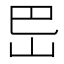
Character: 岊